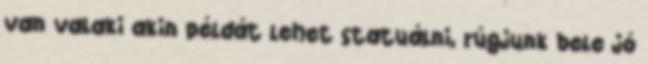
van valaki akin példát lehet statuálni, rúgjunk bele jó